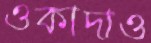
ওকাদাও